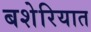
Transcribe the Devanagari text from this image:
बशेरियात